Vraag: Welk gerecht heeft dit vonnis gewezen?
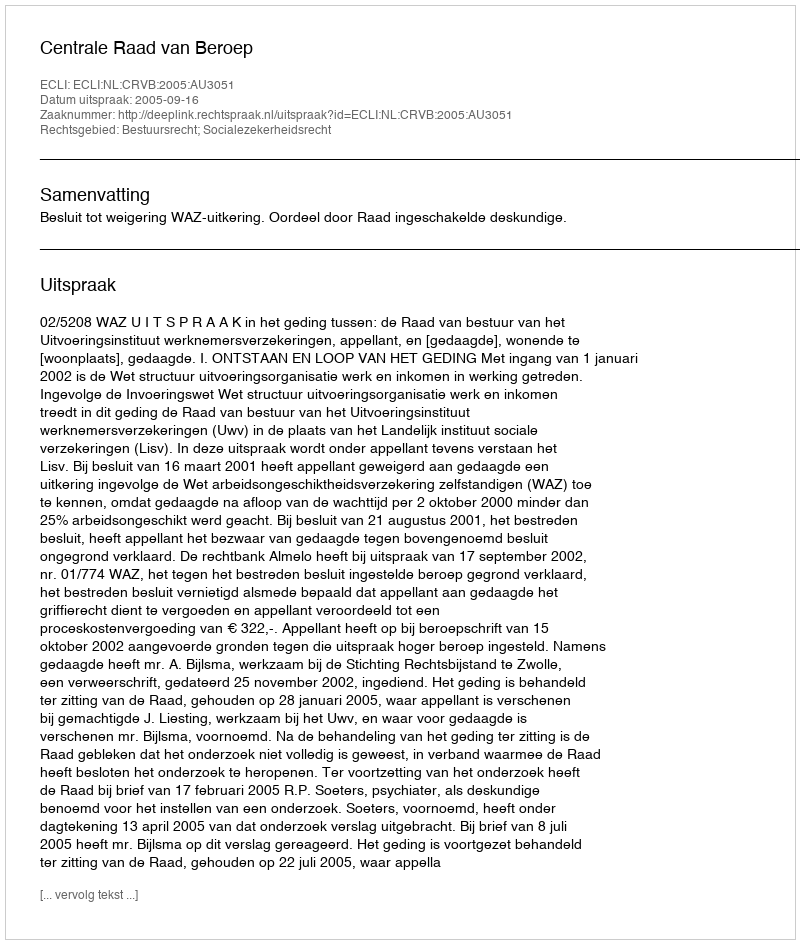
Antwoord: Centrale Raad van Beroep